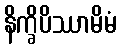
နိက္ခိပိဿာမိမံ